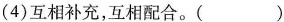
(4)互相补充，互相配合。( )